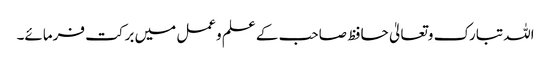
اللہ تبارک وتعالیٰ حافظ صاحب کے علم وعمل میں برکت فرمائے۔